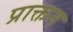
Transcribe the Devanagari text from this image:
प्राक्तन